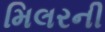
મિલરની